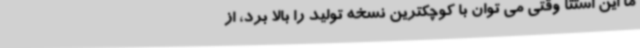
ما این استتا وقتی می توان با کوچکترین نسخه تولید را بالا برد، از